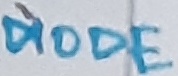
Text: DIODE